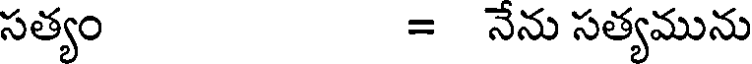
సత్యం = నేను సత్యమును